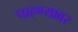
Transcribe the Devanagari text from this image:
पाहण्यावर